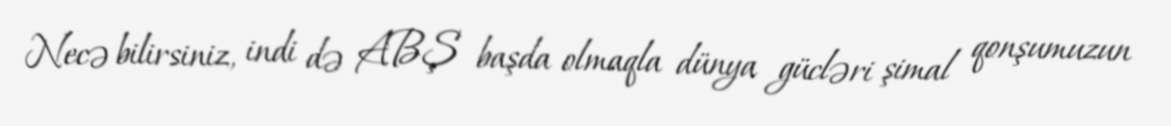
Necə bilirsiniz, indi də ABŞ başda olmaqla dünya gücləri şimal qonşumuzun